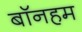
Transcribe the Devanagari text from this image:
बॉनहम